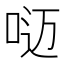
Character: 𰇥